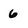
Character: 6